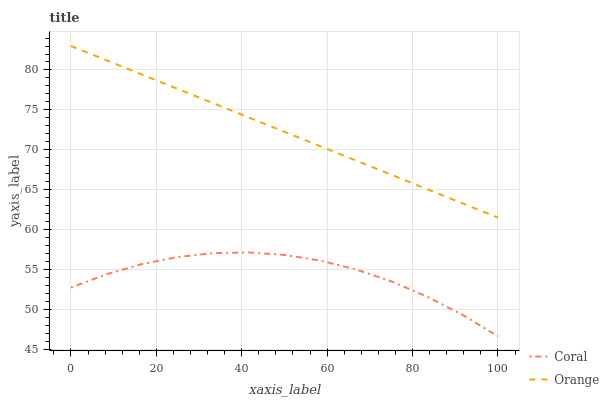
| xaxis_label | Coral | Orange |
 | --- | --- | --- |
 | 0 | 52.8 | 83 |
 | 8.33 | 54.5 | 81.2 |
 | 16.7 | 55.7 | 79.4 |
 | 25 | 56.6 | 77.6 |
 | 33.3 | 57.1 | 75.8 |
 | 41.7 | 57.2 | 74.1 |
 | 50 | 56.9 | 72.3 |
 | 58.3 | 56.2 | 70.5 |
 | 66.7 | 55.1 | 68.7 |
 | 75 | 53.6 | 66.9 |
 | 83.3 | 51.7 | 65.1 |
 | 91.7 | 49.4 | 63.3 |
 | 100 | 46.7 | 61.5 |